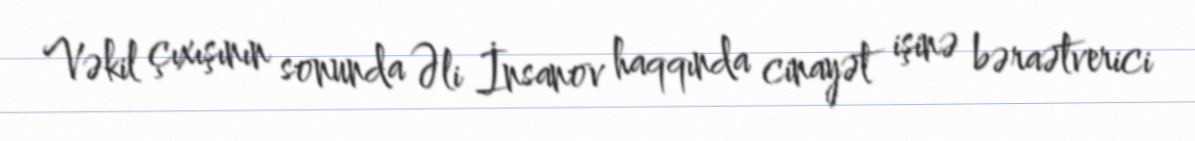
Vəkil çıxışının sonunda Əli İnsanov haqqında cinayət işinə bəraətverici